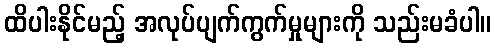
ထိပါးနိုင်မည့် အလုပ်ပျက်ကွက်မှုများကို သည်းမခံပါ။